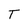
Character: T